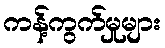
ကန့်ကွက်မှုများ